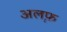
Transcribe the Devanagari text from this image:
अल़फ़